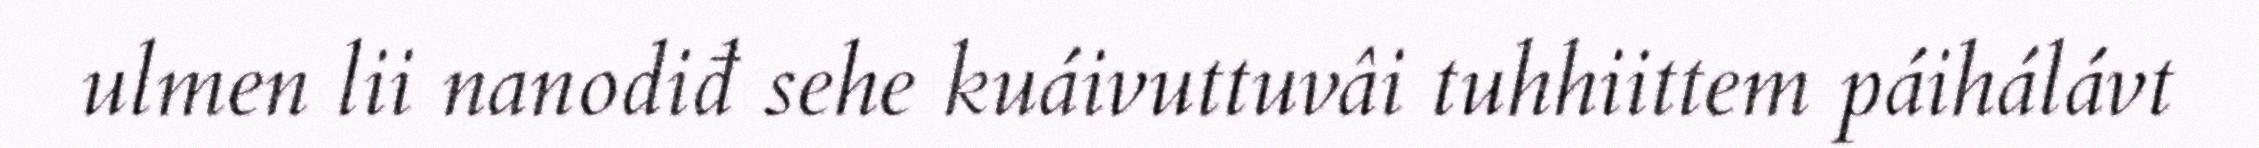
ulmen lii nanodiđ sehe kuáivuttuvâi tuhhiittem páihálávt